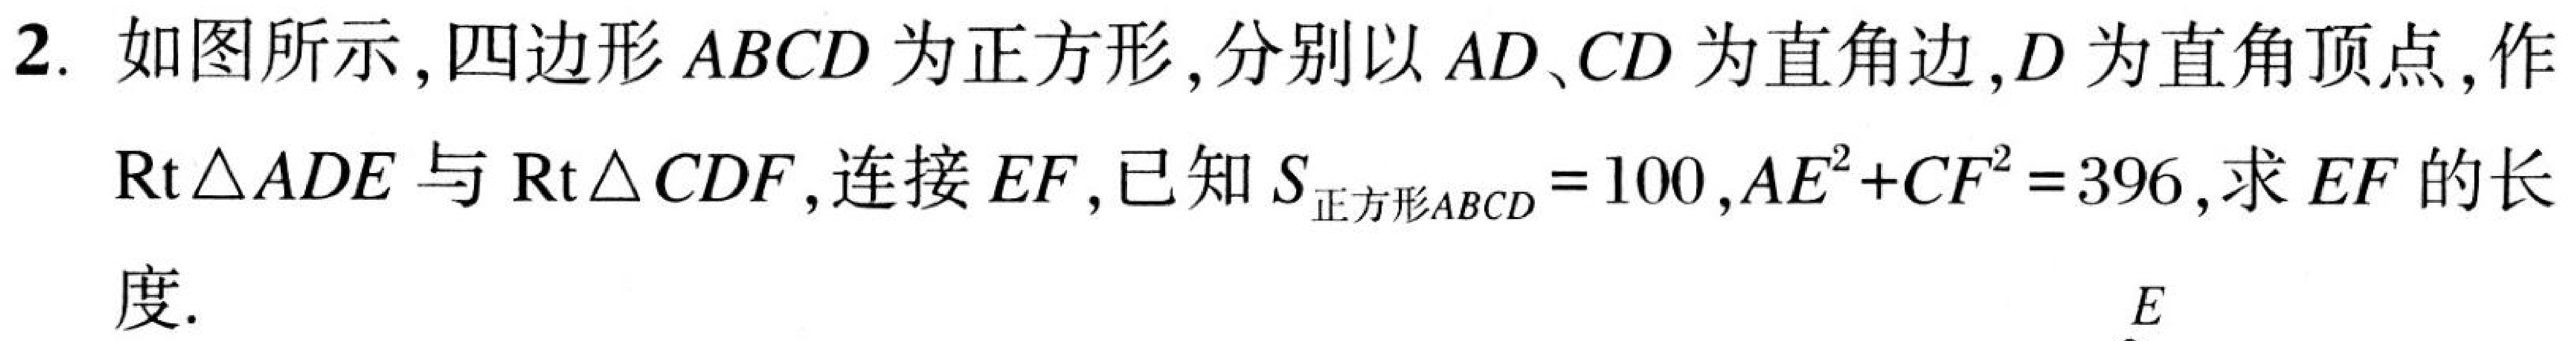
2. 如图所示，四边形\(ABCD\)为正方形，分别以\(AD、CD\)为直角边，\(D\)为直角顶点，作
\(\text{Rt}\triangle ADE\)与\(\text{Rt}\triangle CDF\)，连接\(EF\)，已知\(S_{正方形ABCD}=100\)，\(AE^{2}+CF^{2}=396\)，求\(EF\)的长
度.